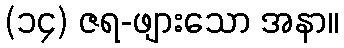
(၁၄) ဇရ-ဖျားသော အနာ။